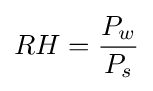
RH={\frac {P_{w}}{P_{s}}}